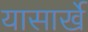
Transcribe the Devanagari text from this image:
यासार्खे